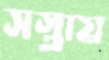
সস্তায়